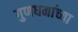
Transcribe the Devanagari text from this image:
गुणधर्माच्या